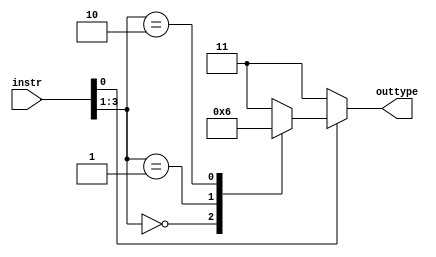
///////////////////////////////////////////////////////////////////////////////////////////////////
// Company: <Name>
//
// File history:
//      <Revision number>: <Date>: <Comments>
//      <Revision number>: <Date>: <Comments>
//      <Revision number>: <Date>: <Comments>
//
// Description: 
//
// <Description here>
//
// Targeted device: <Family::IGLOO2> <Die::M2GL025> <Package::256 VF>
//
/////////////////////////////////////////////////////////////////////////////////////////////////// 

//`timescale <time_units> / <precision>

module store_type( instr, outtype);
input[3:0] instr;
output reg[1:0] outtype;
//<statements>
always@(*)begin
if(instr[0])
begin
case(instr[3:1])
    3'b000:outtype=2'b00;
    3'b001:outtype=2'b01;
    3'b010:outtype=2'b10;
    default:outtype=2'b11;
endcase
end
else outtype=2'b11;
end
endmodule